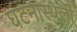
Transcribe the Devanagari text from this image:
घटनास्थली